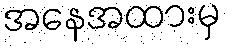
အနေအထားမှ